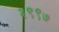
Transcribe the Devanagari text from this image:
३९९७